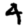
Digit: 4